Materia medica of Madras volume I
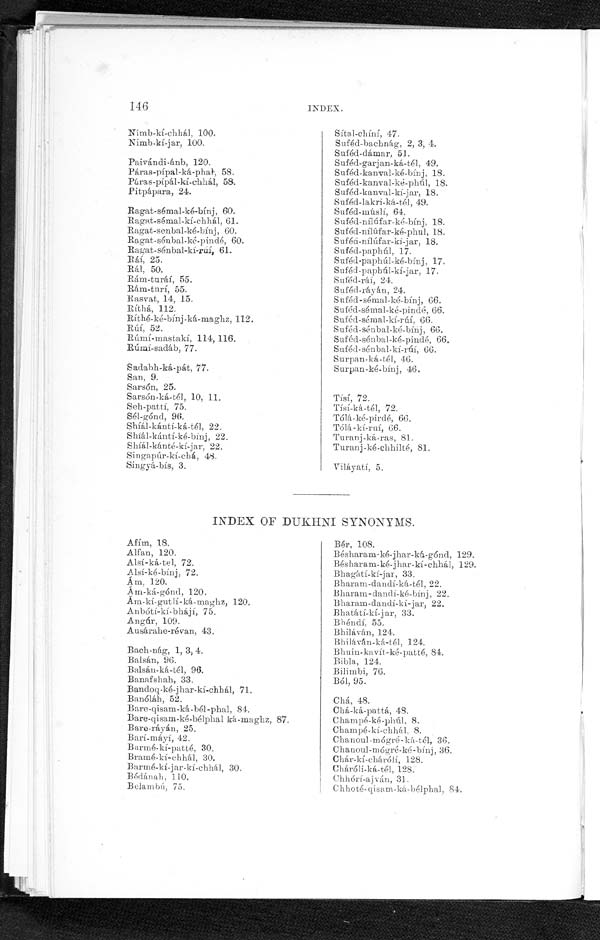
I N D E X .
Nímb-kí-chhál, 100.
Nimb-kí-jar, 100.
Paivándi-ánb, 120.
Páras-pípal-ká-phat, 58.
Páras-pípál-kí-chhál, 58.
Pitpápara, 24.
Ragat-sémal-ké-bínj, 60.
Ragat-sémal-kí-chhál, 61.
Ragat-senbal-ké-bínj, 60.
Ragat-sénbal-ké-pindé, 60.
Ragat-sénbal-kí-ruí, 61.
Ráí, 25.
Rál, 50.
Rám-turáí, 55.
Rám-turí, 55.
Rasvat, 14, 15.
Ríthá, 112.
Rithé-ké-bínj-ká-maghz, 112.
Rúí, 52.
Rúmí-mastakí, 114, 116.
Rúmí-sadáb, 77.
Sadabh-ká-pát, 77.
San, 9.
Sarsón, 25.
Sarsón-ká-tél, 10, 11.
Sch-pattí, 75.
Sél-gónd, 96.
Shíál-kántí-ká-tél, 22.
Shiál-kántí-ké-binj, 22.
Shíál-kánté-kí-jar, 22.
Singapúr-kí-chá, 48.
Singyá-bis, 3.
Sítal-chíní, 47.
Suféd-bachnág, 2, 3, 4.
Suféd-dámar, 51.
Suféd-garjan-ká-tél, 49.
Suféd-kanval-ké-bínj, 18.
Suféd-kanval-ké-phúl, 18.
Suféd-kanval-kí-jar, 18.
Suféd-lakri-ká-tél, 49.
Suféd-múslí, 64.
Suféd-nélúfar-ké-bínj, 18.
Suféd-nílúfar-ké-phul, 18.
Suféd-nilúfar-kí-jar, 18.
Suféd-paphúl, 17.
Suféd-paphúl-ké-bínj, 17.
Suféd-paphúl-kí-jar, 17.
Suféd-rái, 24.
Suféd-ráyán, 24.
Suféd-sémal-ké-bínj, 66.
Suféd-sémal-ké-pindé, 66.
Suféd-sémal-kí-rúí, 66.
Suféd-sénbal-ké-bínj, 66.
Suféd-sénbal-ké-pindé, 66.
Suféd-sénbal-ké-rúí, 66.
Surpan-ká-tél, 46.
Surpan-ké-bínj, 46.
Tísí, 72.
Tísí-ká-tél, 72.
Tólá-ké-pirdé, 66.
Tólá-kí-ruí, 66.
Turanj-ká-ras, 81.
Turanj-ké-chhilté, 81.
Viláyati, 5.
INDEX OF DUKHNI SYNONYMS.
Afím, 18.
Alfan, 120.
Alsí-ká. tel, 72.
Alsí-ké-bínj, 72.
Am, 120.
Am-ká-gónd, 120.
Am-kí-gutlí-ká-maghz, 120.
Anbótí-kí-bhájí, 75.
Angúr, 109.
Ausárahe-révan, 43.
Bach-nág, 1, 3, 4.
Balsán, 96.
Balsán-ká-tél, 96.
Banafshah, 33.
Bandoq-ké-jhar-kí-chhál, 71.
Banóláh, 52.
Bare-qisam-ká-bél-phal, 84.
Bare-qisam-ké-bélphal ká-maghz, 87.
Bare-ráyán, 25.
Bari-máyí, 42.
Barmé-kí-patté, 30
Bramé-kí-chhál, 30.
Barmé-kí-jar-kí-chhál, 30.
Bélánah. 110.
B e l a m b ú , 7 5 .
Bér, 108.
Bésharam-ké-jhar-ká-gónd, 129.
Bésharam-ké-jhar-kí-chhál, 129.
Bhagátí-kí-jar, 33.
Bharam-dandi-ká-tél, 22.
Bharam-dandi-ké-binj, 22.
Bharam-dandi-kí-jar, 22.
Bhatátí-kí-jar, 33
Bhéndí, 55.
bhiláván, 124.
Bhiláván-ká-tél, 124.
Bhui n-kavít-ké-patté, 84
Bibla, 124.
Bi l i mbi , 76.
Bó1, 95.
Chá, 48. Chá- ká- pat t á, 48.
Champé-ké-phúl, 8.
Champé-ki-chhál, 8.
Chanoul -mógré-ká-tél, 36.
Chanoul-mógré-ké-bínj, 36.
Chár-kí-chárólí, 128.
Cháróli-ká-tél, 128
.
Chhórí-ajván, 31.
Chhoté-qisam-ká-bélphal, 84,